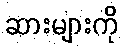
ဆားများကို